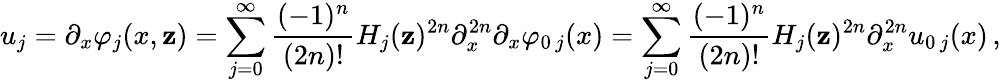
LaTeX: u_{j}=\partial_{x}\varphi_{j}(x,\mathbf{z})=\sum_{j=0}^{\infty}\frac{{(-1)^{n}}}{{(2n)!}}H_{j}(\mathbf{z})^{2n}\partial_{x}^{2n}\partial_{x}\varphi_{0\, j}(x)=\sum_{j=0}^{\infty}\frac{{(-1)^{n}}}{{(2n)!}}H_{j}(\mathbf{z})^{2n}\partial_{x}^{2n}u_{0\, j}(x)\, ,